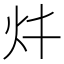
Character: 𱪨